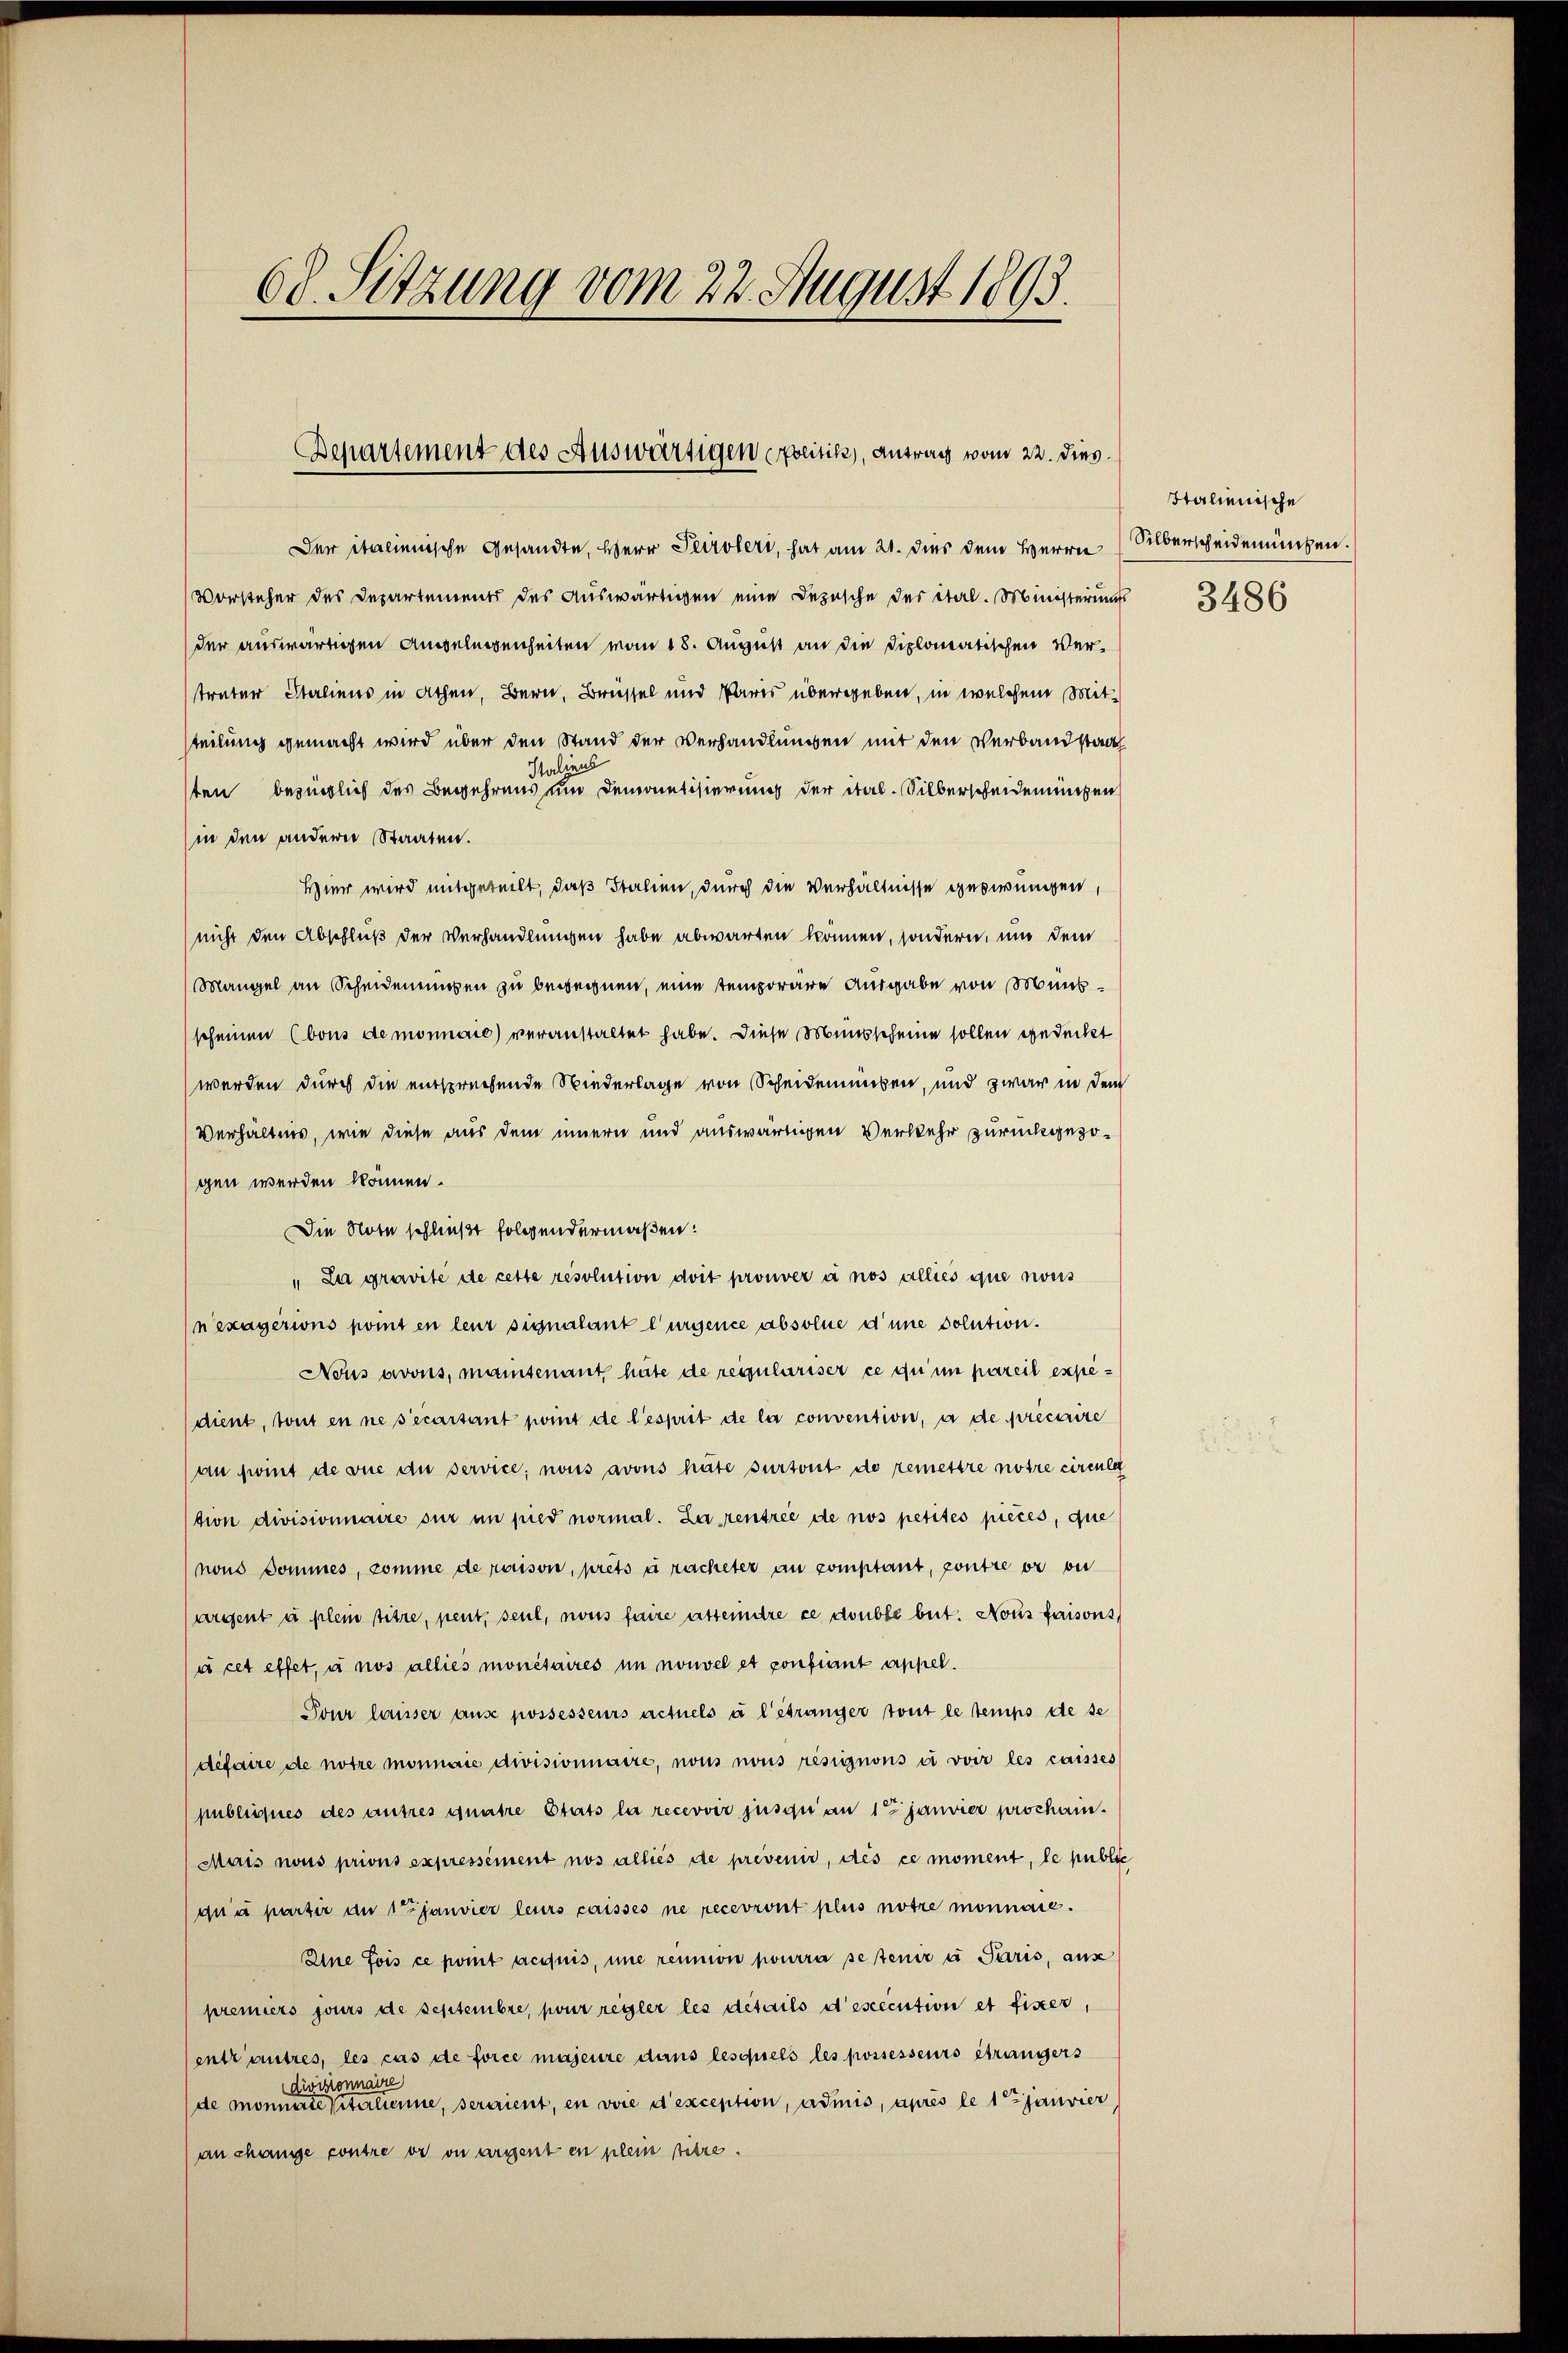
68. Sitzung vom 22. August 1893.

Bepartement des Auswärtigen erpolitik, antrag vom 22. dies.

Der italienische Gesandte, Herr Peroleri, hat am 21. dies dem Herrn

Vorsteher des Departements des Auswärtigen eine Depesche der ital. Ministeriums
der auswärtigen Angelegenheiten vom 18. August an die Diplomatischen Vertrater Sterliens in Athen, Bern, Brüssel und Paris übergeben, in welchem Mitteilung gemacht wird über den Stand der Verhandlungen mit den Verbandstad
Italiens
sten bezüglich des Begehrens und Demontisierung der ital. Silberscheidenungen
in den andern Staaten.
Hier wird mitgeteilt, daß Italien, durch die Verhältnisse gesirungen,
nicht den Abschluß der Verhandlungen habe abwarten können, sondern und dem
Mangel an Scheidenengen zu begegnen, eine temporäre Ausgabe von Münsscheinen (bons demonnaie) veranstaltet habe. Diese Mensscheine sollen gedeckt
werden durch die entsprechende Niederlage von Scheidemmsen, und zwar in dem
Verhältnis, wie diese aus dem innern und auswärtigen Verkehr zurückgezogen werden können.
Die Note schließt folgendermaßen:
"La gravite de cette resolution doit prouver à nos alliés que nous
nexagérions komt en leur signalant l’urgence absolue d’une solution.
Nous avous, manisenant hüte de regulariser ce qui in pareil expedient, tout en ne secartant point de l’esprit de la convention, à de précaire
an fint de vue du service; nous avons häte surront de remettre notre cirente
tion divisionnaire sur in pied normal. Zu rentrée de nos petites pièces, que
nons Dommes, comme de raison, prêts à racheter an comptant, poutre er bei
argent u. plein titre, peut, sent, nous faire ersteindre ce double beit. Nons faisons
à cet effet, à nos alles monétaires in nouvel et confiant appel.
Tour lausser ause possesseurs actuels u l’étranger tout le temps de se
difaire de notre monnaie divisionnaire, nous nous resignons à voir les caisses
publiches des autres quatre Stats la recevoir jusque an 1te janvier prochani¬
Mais nous prions expressément nos alliés de prevenir, des ce moment, le public
di a partir an 1 Janvier leurs caisses ne recevront plus notre monnaie.
Eine fois ce pont acquis, une reumon pourra se tenir à Paris, aus
premiers jours de septembre, pour regler les details descecution et fixer,
entrautres, les cas de force majeure dans lesquels les possesseurs étrangers
divisionnaire
de monnaie Peterlienne, seraient, en vore d’exception, admis, après le 1 Janvier
an change contre er ou argent en plein titre.

Htalienische
Silberscheidenmachen.
3486